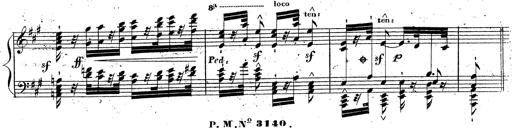
Title: Grande fantaisie sur la tyrolienne de l'opÃ©ra
Composer: Franz Liszt
Key: A major